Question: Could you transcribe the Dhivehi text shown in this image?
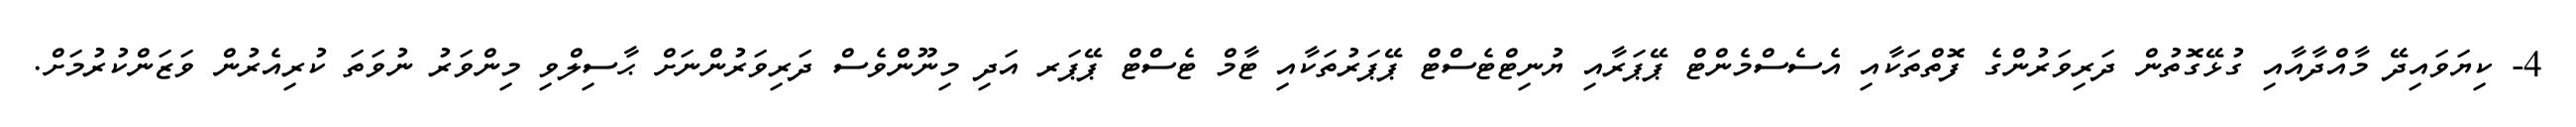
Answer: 4- ކިޔަވައިދޭ މާއްދާއާއި ގުޅޭގޮތުން ދަރިވަރުންގެ ފޮތްތަކާއި އެސެސްމެންޓް ޕޭޕަރާއި ޔުނިޓްޓެސްޓް ޕޭޕަރުތަކާއި ޓާމް ޓެސްޓް ޕޭޕަރ އަދި މިނޫންވެސް ދަރިވަރުންނަށް ޙާސިލްވި މިންވަރު ނުވަތަ ކުރިއެރުން ވަޒަންކުރުމަށް.